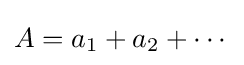
A=a_{1}+a_{2}+\cdots